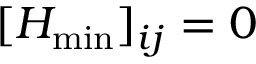
[ H _ { \operatorname* { m i n } } ] _ { i j } = 0